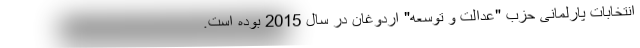
انتخابات پارلمانی حزب "عدالت و توسعه" اردوغان در سال 2015 بوده است.